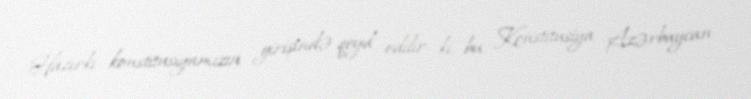
Hazırkı konstitusiyamızın girişində qeyd edilir ki, bu Konstitusiya Azərbaycan